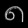
Digit: ၈